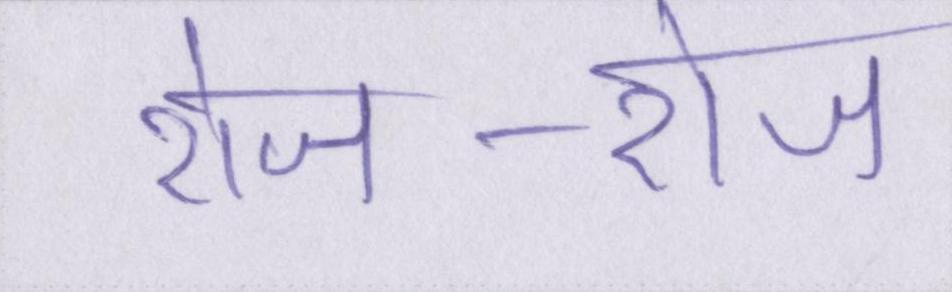
रोज-रोज